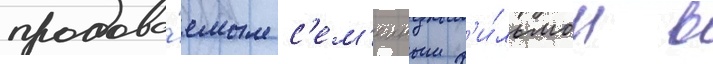
продава́емым с'ем'еиным ф'и́льмом в